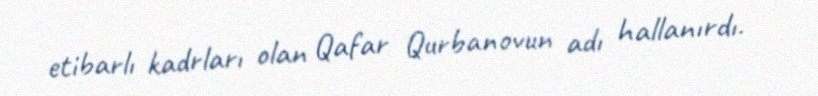
etibarlı kadrları olan Qafar Qurbanovun adı hallanırdı.